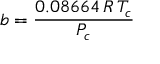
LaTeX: b = { \frac { 0 . 0 8 6 6 4 \, R \, T _ { c } } { P _ { c } } }